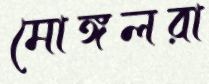
মোঙ্গলরা